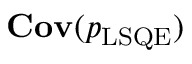
\mathbf { C o v } ( \boldsymbol { p } _ { \mathrm { L S Q E } } )